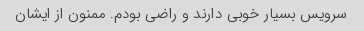
سرویس بسیار خوبی دارند و راضی بودم. ممنون از ایشان